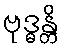
ဗုဒ္ဓန္တိ